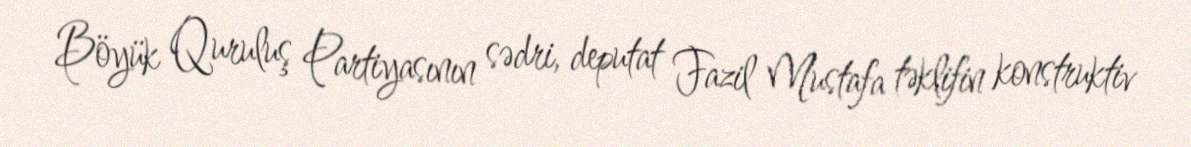
Böyük Quruluş Partiyasının sədri, deputat Fazil Mustafa təklifin konstruktiv